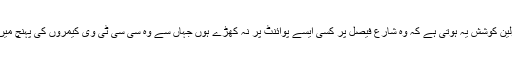
ان کی اولین کوشش یہ ہوتی ہے کہ وہ شارع فیصل پر کسی ایسے پوائنٹ پر نہ کھڑے ہوں جہاں سے وہ سی سی ٹی وی کیمروں کی پہنچ میں آجائیں ۔